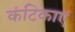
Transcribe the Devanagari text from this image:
कंटिकाएं